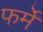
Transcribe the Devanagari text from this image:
फर्में